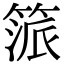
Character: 𥯠